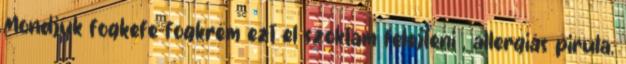
Mondjuk fogkefe-fogkrém ezt el szoktam felejteni , allergiás pirula,